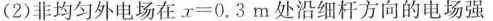
(2)非均匀外电场在$$x = 0 . 3 m$$处沿细杆方向的电场强